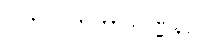
ဂါဟ ဂါဟကာဒိဝဏ္ဏနာ